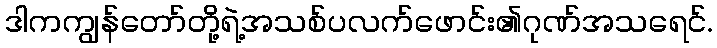
ဒါကကျွန်တော်တို့ရဲ့အသစ်ပလက်ဖောင်း၏ဂုဏ်အသရေင်.